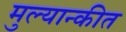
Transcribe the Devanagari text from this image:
मुल्यान्कीत